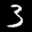
Label: 3